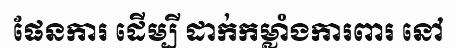
ផែនការ ដើម្បី ដាក់កម្លាំងការពារ នៅ